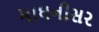
માઘનીસર